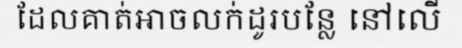
ដែលគាត់អាចលក់ដូរបន្លែ នៅលើ